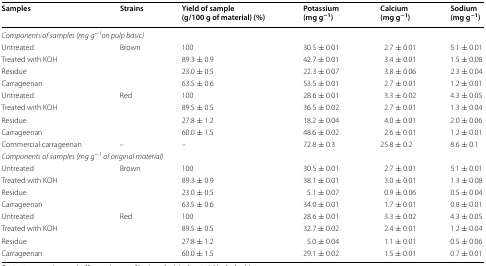
<table><thead><tr><td><b>Samples</b></td><td><b>Strains</b></td><td><b>Yield of sample (g/100 g of material) (%)</b></td><td><b>Potassium (mg g<sup>−1</sup>)</b></td><td><b>Calcium (mg g<sup>−1</sup>)</b></td><td><b>Sodium (mg g<sup>−1</sup>)</b></td></tr></thead><tbody><tr><td colspan="6"><i>Components of samples (mg</i> <i>g</i><sup><i>−1</i></sup><i>on pulp basic)</i></td></tr><tr><td>Untreated</td><td rowspan="4">Brown</td><td>100</td><td>30.5 ± 0.01</td><td>2.7 ± 0.01</td><td>5.1 ± 0.01</td></tr><tr><td>Treated with KOH</td><td>89.3 ± 0.9</td><td>42.7 ± 0.01</td><td>3.4 ± 0.01</td><td>1.5 ± 0.08</td></tr><tr><td>Residue</td><td>23.0 ± 0.5</td><td>22.3 ± 0.07</td><td>3.8 ± 0.06</td><td>2.3 ± 0.04</td></tr><tr><td>Carrageenan</td><td>63.5 ± 0.6</td><td>53.5 ± 0.01</td><td>2.7 ± 0.01</td><td>1.2 ± 0.01</td></tr><tr><td>Untreated</td><td rowspan="4">Red</td><td>100</td><td>28.6 ± 0.01</td><td>3.3 ± 0.02</td><td>4.3 ± 0.05</td></tr><tr><td>Treated with KOH</td><td>89.5 ± 0.5</td><td>36.5 ± 0.02</td><td>2.7 ± 0.01</td><td>1.3 ± 0.04</td></tr><tr><td>Residue</td><td>27.8 ± 1.2</td><td>18.2 ± 0.04</td><td>4.0 ± 0.01</td><td>2.0 ± 0.06</td></tr><tr><td>Carrageenan</td><td>60.0 ± 1.5</td><td>48.6 ± 0.02</td><td>2.6 ± 0.01</td><td>1.2 ± 0.01</td></tr><tr><td>Commercial carrageenan</td><td>–</td><td>–</td><td>72.8 ± 0.3</td><td>25.8 ± 0.2</td><td>8.6 ± 0.1</td></tr><tr><td colspan="6"><i>Components of samples (mg</i> <i>g</i><sup><i>−1</i></sup><i>of original material)</i></td></tr><tr><td>Untreated</td><td rowspan="4">Brown</td><td>100</td><td>30.5 ± 0.01</td><td>2.7 ± 0.01</td><td>5.1 ± 0.01</td></tr><tr><td>Treated with KOH</td><td>89.3 ± 0.9</td><td>38.1 ± 0.01</td><td>3.0 ± 0.01</td><td>1.3 ± 0.08</td></tr><tr><td>Residue</td><td>23.0 ± 0.5</td><td>5.1 ± 0.07</td><td>0.9 ± 0.06</td><td>0.5 ± 0.04</td></tr><tr><td>Carrageenan</td><td>63.5 ± 0.6</td><td>34.0 ± 0.01</td><td>1.7 ± 0.01</td><td>0.8 ± 0.01</td></tr><tr><td>Untreated</td><td rowspan="4">Red</td><td>100</td><td>28.6 ± 0.01</td><td>3.3 ± 0.02</td><td>4.3 ± 0.05</td></tr><tr><td>Treated with KOH</td><td>89.5 ± 0.5</td><td>32.7 ± 0.02</td><td>2.4 ± 0.01</td><td>1.2 ± 0.04</td></tr><tr><td>Residue</td><td>27.8 ± 1.2</td><td>5.0 ± 0.04</td><td>1.1 ± 0.01</td><td>0.5 ± 0.06</td></tr><tr><td>Carrageenan</td><td>60.0 ± 1.5</td><td>29.1 ± 0.02</td><td>1.5 ± 0.01</td><td>0.7 ± 0.01</td></tr></tbody></table>